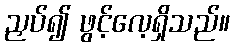
ညှပ်၍ ဖွင့်လေ့ရှိသည်။